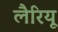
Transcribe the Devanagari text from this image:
लैरियू